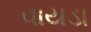
વાયડા